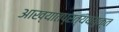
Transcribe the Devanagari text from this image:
आख्यातप्रत्यययुक्त